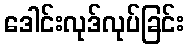
ဒေါင်းလုဒ်လုပ်ခြင်း